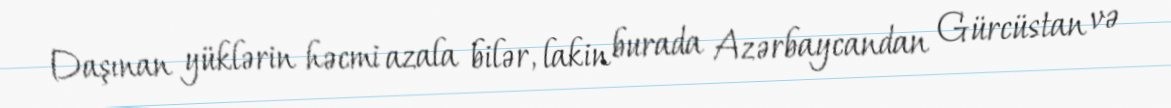
Daşınan yüklərin həcmi azala bilər, lakin burada Azərbaycandan Gürcüstan və